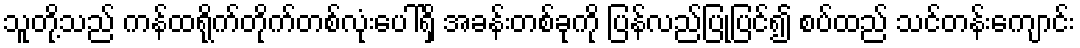
သူတို့သည် ကန်ထရိုက်တိုက်တစ်လုံးပေါ်ရှိ အခန်းတစ်ခုကို ပြန်လည်ပြုပြင်၍ စပ်ထည် သင်တန်းကျောင်း